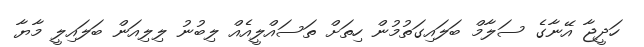
ހަދީޖާ އޭނާގެ ސަލާމް ބަލައިގަތުމުން ހިތަށް ތަސައްލީއެއް ލިބުނު ލިލިއަން ބަލައިލީ މާޔާ